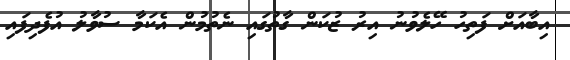
އިބާއަށް ފަތިހު ހޭލެވުނު އިރު ޒުކަން ގާތުގައި ނެތުމުން އެކަމާ ސުވާލު އުފެދިފައި